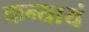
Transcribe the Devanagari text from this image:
कन्यायं